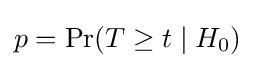
p=\Pr(T\geq t\mid H_{0})